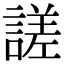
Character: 𧪘